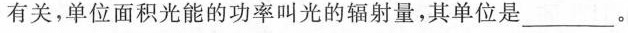
有关，单位面积光能的功率叫光的辐射量，其单位是___。